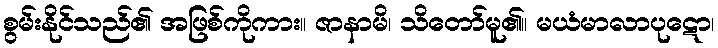
စွမ်းနိုင်သည်၏ အဖြစ်ကိုကား။ ဇာနာမိ၊ သိတော်မူ၏။ မယံမာလာပုဋော၊